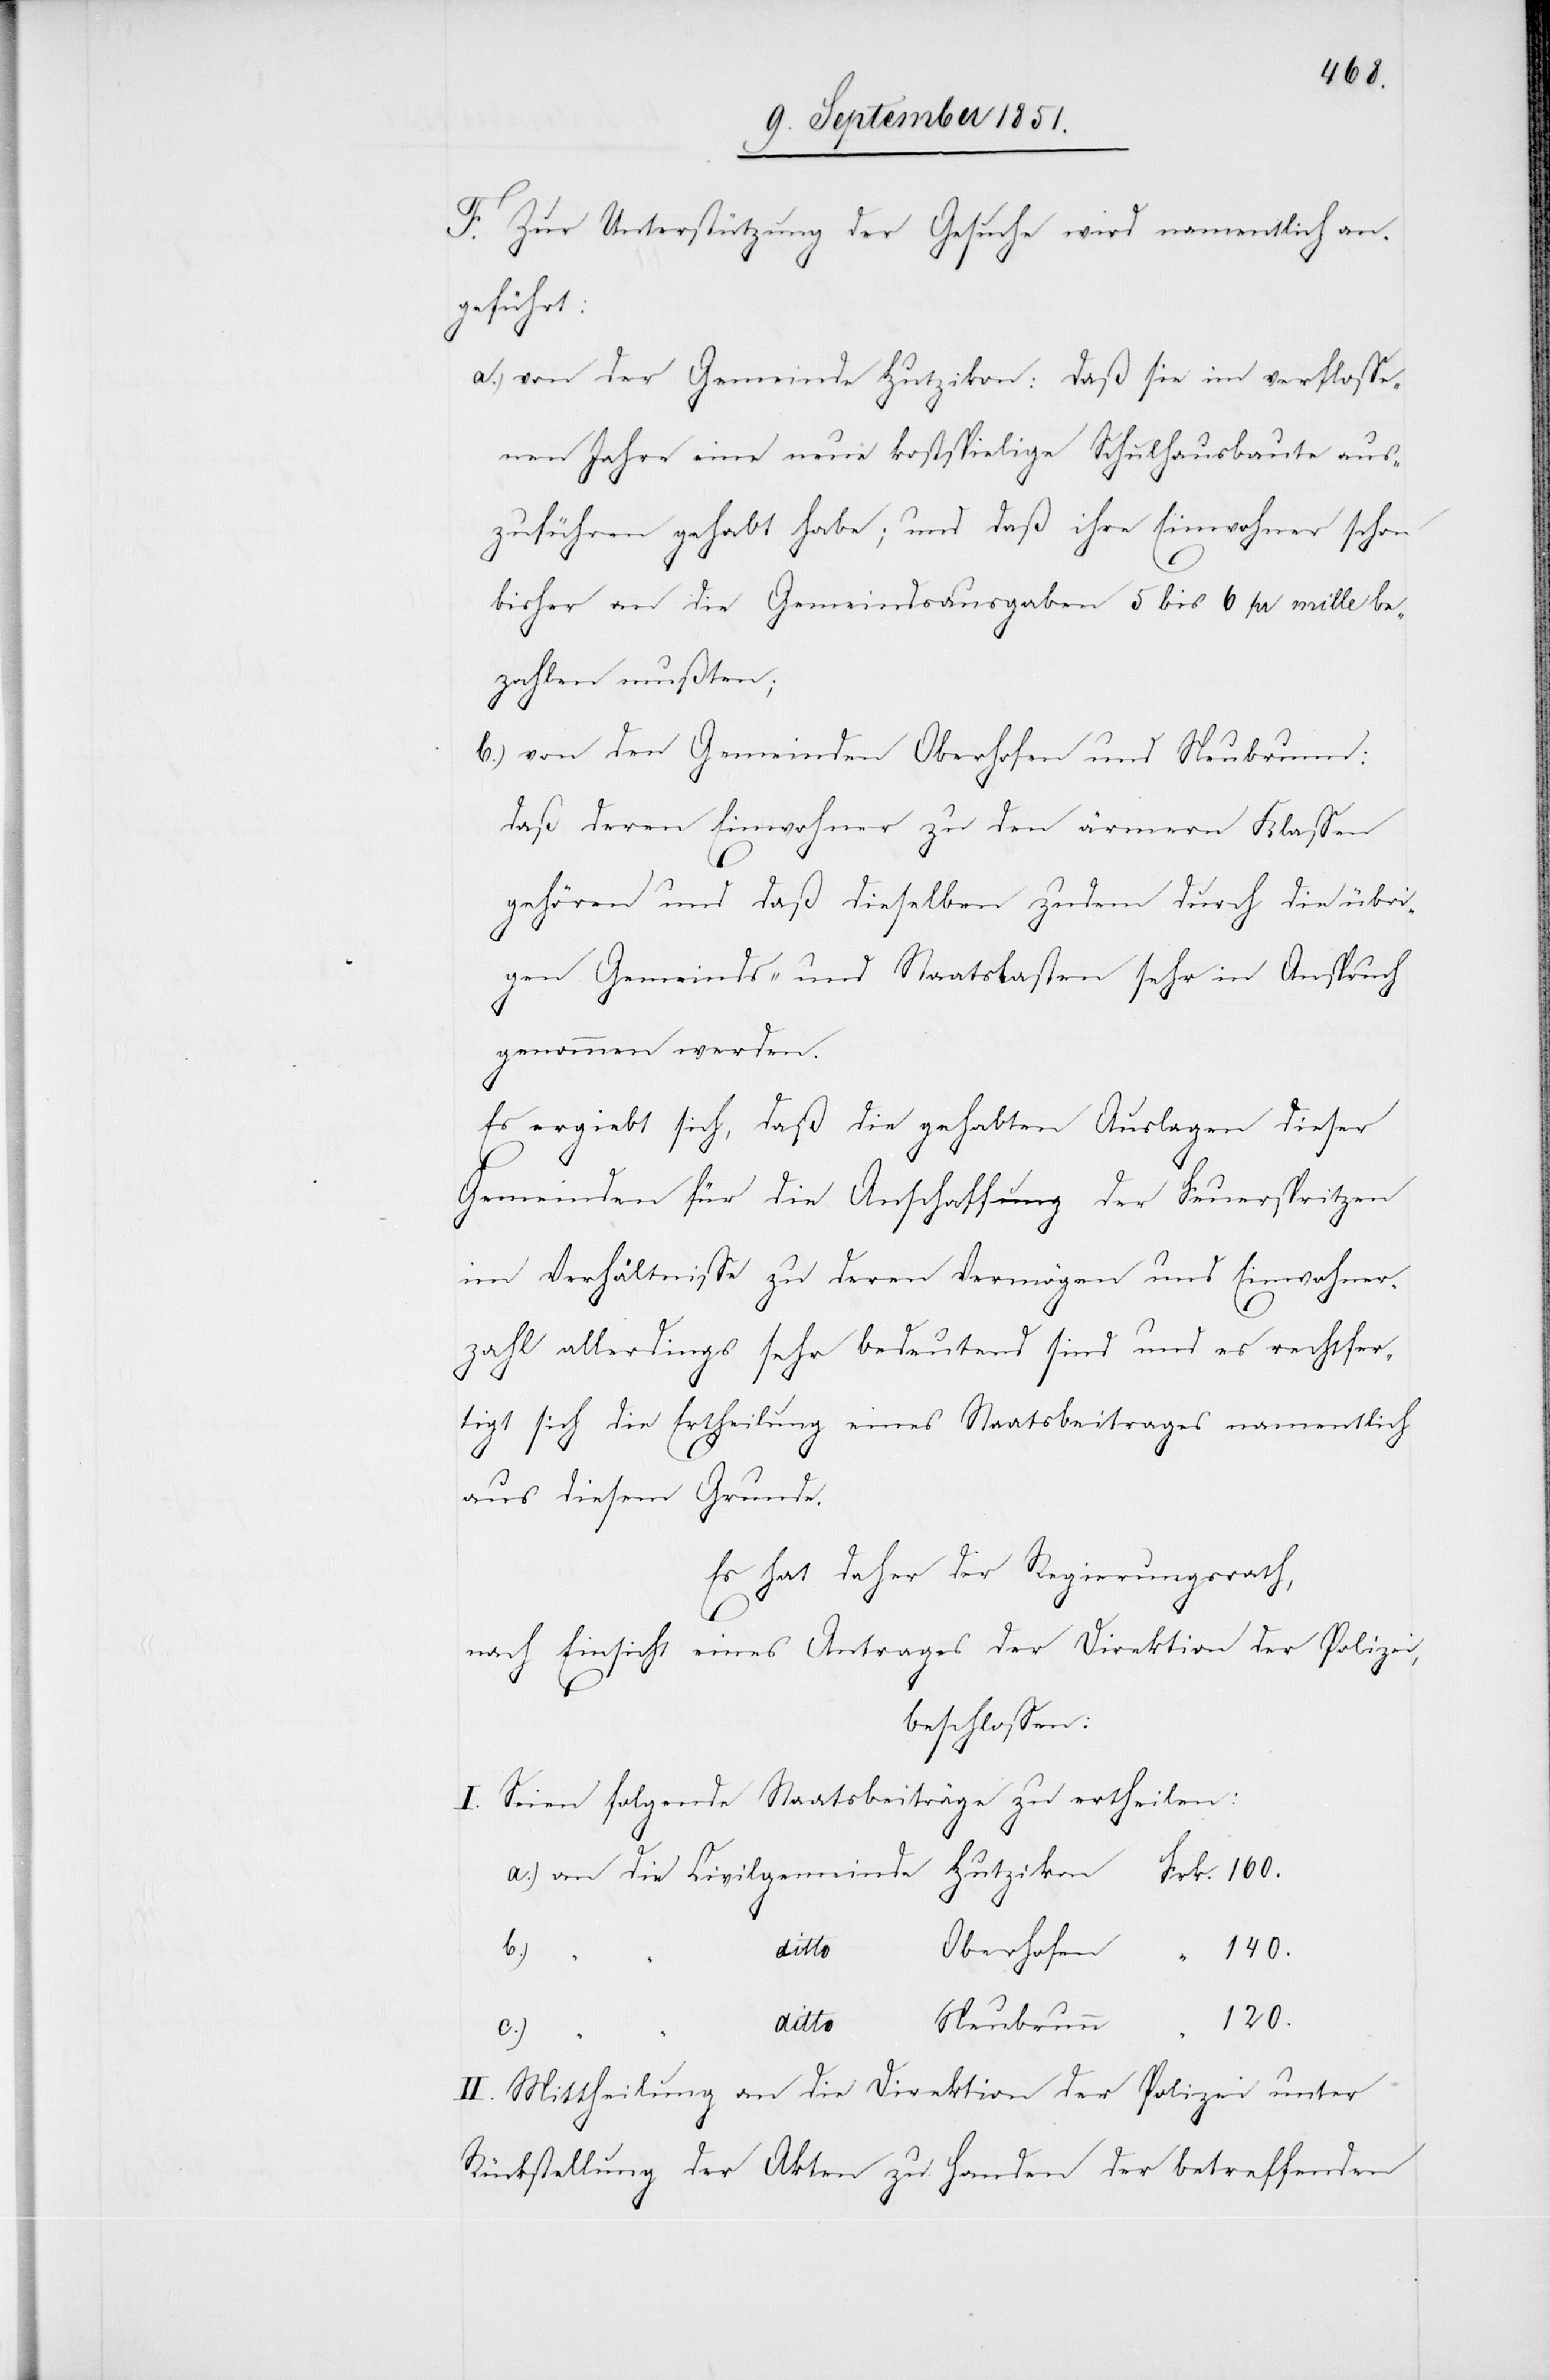
160.
F. Zur Unterstützung der Gesuche wird namentlich an¬
geführt:
von der Gemeinde Hutzikon: daß sie im verflosse¬
nen Jahre eine neue kostspielige Schulhausbaute aus¬
zuführen gehabt habe; und daß ihre Einwohner schon
bisher an die Gemeindsausgaben 5 bis 6 pr mille be¬
zahlen mußten;
von den Gemeinden Oberhofen und Neubrunn:
daß deren Einwohner zu den ärmern Klassen
gehören und daß dieselben zudem durch die übri¬
gen Gemeinds- und Staatslasten sehr in Anspruch
genommen werden.
Es ergiebt sich, daß die gehabten Auslagen dieser
Gemeinden für die Anschaffung der Feuerspritzen
im Verhältnisse zu deren Vermögen und Einwohner¬
zahl allerdings sehr bedeutend sind und es rechtfer¬
tigt sich die Ertheilung eines Staatsbeitrages namentlich
aus diesem Grunde.
Es hat daher der Regierungsrath,
nach Einsicht eines Antrages der Direktion der Polizei,
beschlossen:
I. Seien folgende Staatsbeiträge zu ertheilen:
b.)
120.
c.)
II. Mittheilung an die Direktion der Polizei unter
Rückstellung der Akten zu Handen der betreffenden